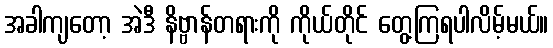
အခါကျတော့ အဲဒီ နိဗ္ဗာန်တရားကို ကိုယ်တိုင် တွေ့ကြရပါလိမ့်မယ်။